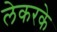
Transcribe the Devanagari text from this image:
लेकरके